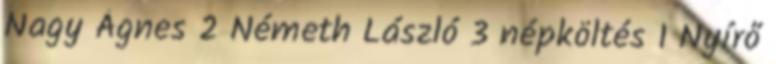
Nagy Ágnes 2 Németh László 3 népköltés 1 Nyírő